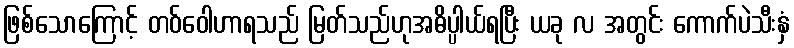
ဖြစ်သောကြောင့် တဝ်ဝေါဟာရသည် မြတ်သည်ဟုအဓိပ္ပါယ်ရပြီး ယခု လ အတွင်း ကောက်ပဲသီးနှံ